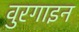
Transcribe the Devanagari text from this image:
वुरगाइन